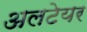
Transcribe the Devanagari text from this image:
अलटेयर